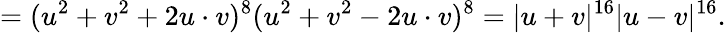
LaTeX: =(u^{2}+v^{2}+2u\cdot v)^{8}(u^{2}+v^{2}-2u\cdot v)^{8}=|u+v|^{16}|u-v|^{16}.